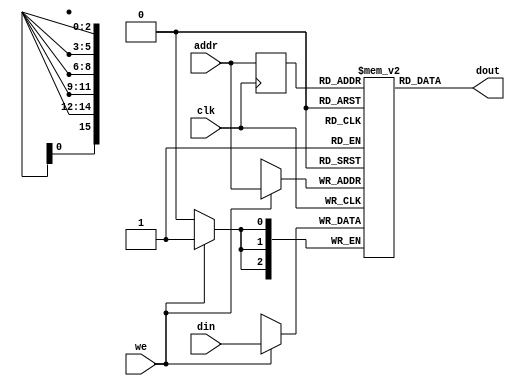
`timescale 1ns / 1ps

module single_port_syn //128k by 3 single port sync ram(uses block ram)
#(parameter ADDR_WIDTH=16,
				DATA_WIDTH=3)
(
	input clk,
	input we,
	input[ADDR_WIDTH-1:0] addr,
	input[DATA_WIDTH-1:0] din,
	output[DATA_WIDTH-1:0] dout
);
	reg[DATA_WIDTH-1:0] ram[2**ADDR_WIDTH-1:0];
	reg[ADDR_WIDTH-1:0] addr_q;
	
	always @(posedge clk) begin
		if(we) ram[addr]=din;
		addr_q<=addr;
	end
	assign dout=ram[addr_q];
endmodule